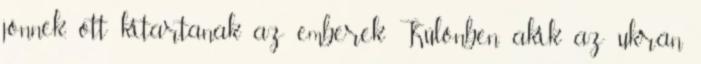
jönnek, ott kitartanak az emberek Különben akik az ukrán